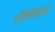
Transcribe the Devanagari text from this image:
परिस्थितिशी